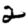
Digit: 2